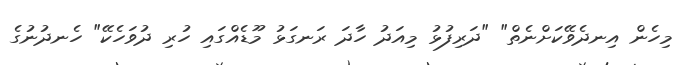
މިހެން އިނދެވޭކަށްނެތް" "ދަރިފުޅު މިއަދު ހާދަ ރަނގަޅު މޫޑެއްގައި ހުރި ދުވަހެކޭ" ހެނދުނުގެ